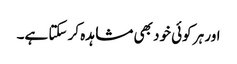
اور ہر کوئی خود بھی مشاہدہ کر سکتا ہے۔